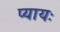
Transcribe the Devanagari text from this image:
प्यायः